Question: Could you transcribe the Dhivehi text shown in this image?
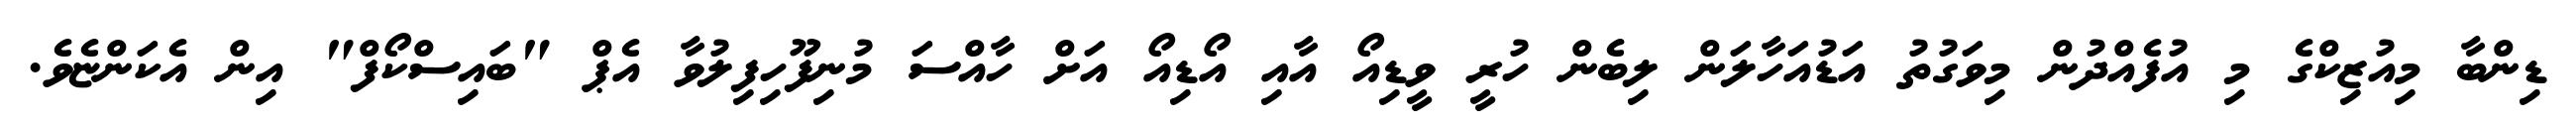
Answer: ޑިންބާ މިއުޒިކްގެ މި އުފެއްދުން މިވަގުތު އަޑުއަހާލަން ލިބެން ހުރީ ވީޑިއޯ އާއި އޯޑިއޯ އަށް ހާއްސަ މުނިފޫހިފިލުވާ އެޕް "ބައިސްކޯފް" އިން އެކަންޏެވެ.